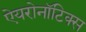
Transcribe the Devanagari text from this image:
ऐयरोनॉटिक्स